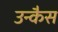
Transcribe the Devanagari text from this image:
उन्कैस